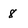
Character: 8